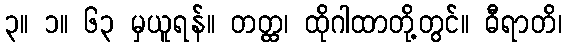
၃။ ၁။ ၆၃ မှယူရန်။ တတ္ထ၊ ထိုဂါထာတို့တွင်။ ဓီရာတိ၊